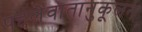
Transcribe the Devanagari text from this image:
पहलेवातानुकूलन